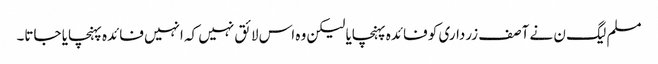
مسلم لیگ ن نے آصف زرداری کو فائدہ پہنچایا لیکن وہ اس لائق نہیں کہ انہیں فائدہ پہنچایا جاتا۔